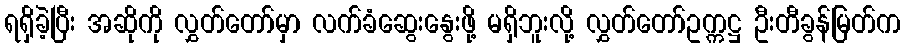
ရရှိခဲ့ပြီး အဆိုကို လွှတ်တော်မှာ လက်ခံဆွေးနွေးဖို့ မရှိဘူးလို့ လွှတ်တော်ဥက္ကဋ္ဌ ဦးတီခွန်မြတ်က